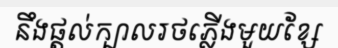
នឹងផ្តល់ក្បាលរថភ្លើងមួយខ្សែ